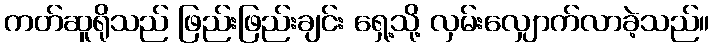
ကတ်ဆူရိုသည် ဖြည်းဖြည်းချင်း ရှေ့သို့ လှမ်းလျှောက်လာခဲ့သည်။